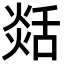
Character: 𦧡